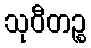
သုဝီတဉ္စ